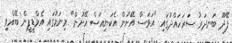
ފޭދޫ ބަނދަރު ސަރަހައްދުގައި "އަވަސް އޭށުން އެކަނިއަސް އޭށުން" މިނަމުގައި އެމްޑީޕީން ބޭއްވި